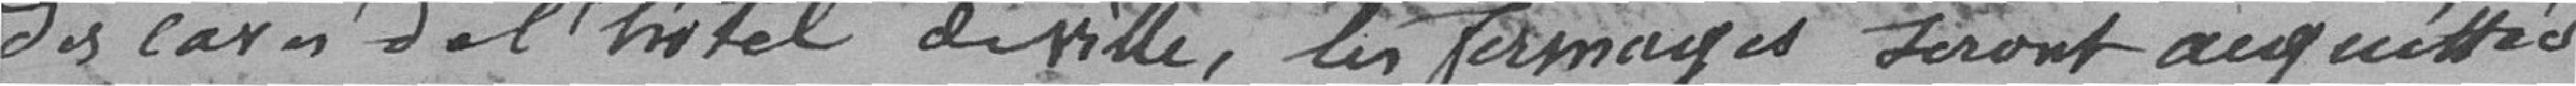
des caves de l'hôtel de ville, les fermages seront acquittés